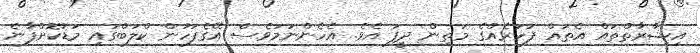
އިޝާރާތްތައް އެތައް ފަހަރެއްގެ މަތިން ދީފަ އެވެ. އެހެންނަމަވެސް އޭގެފަހުން ކްލަބްގައި މަޑުކޮށްފާނެ